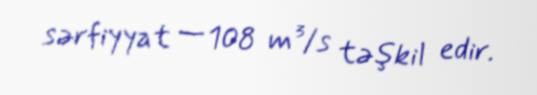
sərfiyyat — 108 m³/s təşkil edir.